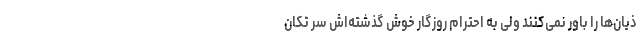
ذیان‌ها را باور نمی‌کنند ولی به احترام روزگار خوش گذشته‌اش سر تکان